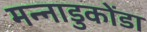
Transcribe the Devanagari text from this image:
मन्नाडुकोंडा